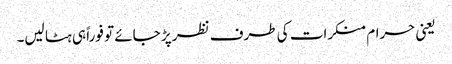
یعنی حرام منکرات کی طرف نظر پڑ جائے تو فوراً ہی ہٹا لیں۔